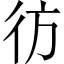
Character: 彷